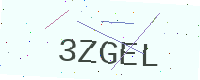
Text: 3ZGEL